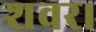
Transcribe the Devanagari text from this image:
शवर।